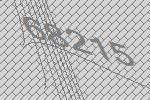
68215